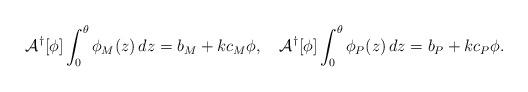
LaTeX: \begin{align*}\mathcal{A}^\dagger[\phi]\int_0^\theta \phi_M(z)\,dz = b_M +kc_M\phi,\quad\mathcal{A}^\dagger[\phi]\int_0^\theta \phi_P(z)\,dz = b_P +kc_P\phi.\end{align*}